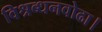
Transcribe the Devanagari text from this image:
विश्रब्धनवोढा।